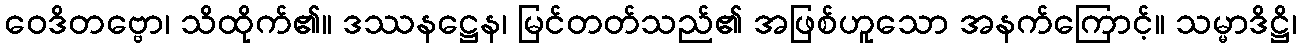
ဝေဒိတဗ္ဗော၊ သိထိုက်၏။ ဒဿနဋ္ဌေန၊ မြင်တတ်သည်၏ အဖြစ်ဟူသော အနက်ကြောင့်။ သမ္မာဒိဋ္ဌိ၊